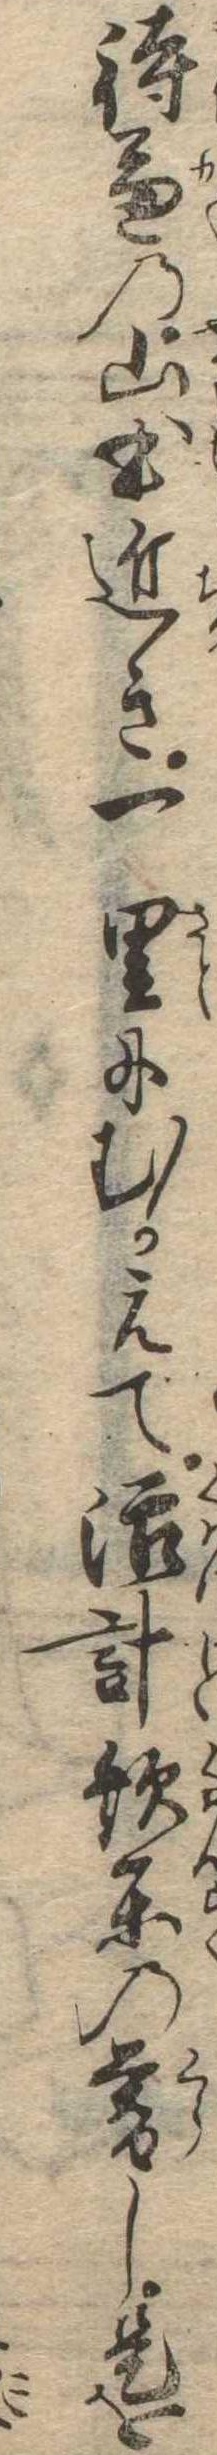
待兼の山本近き一里にむかえて活計歓楽の暮し是を